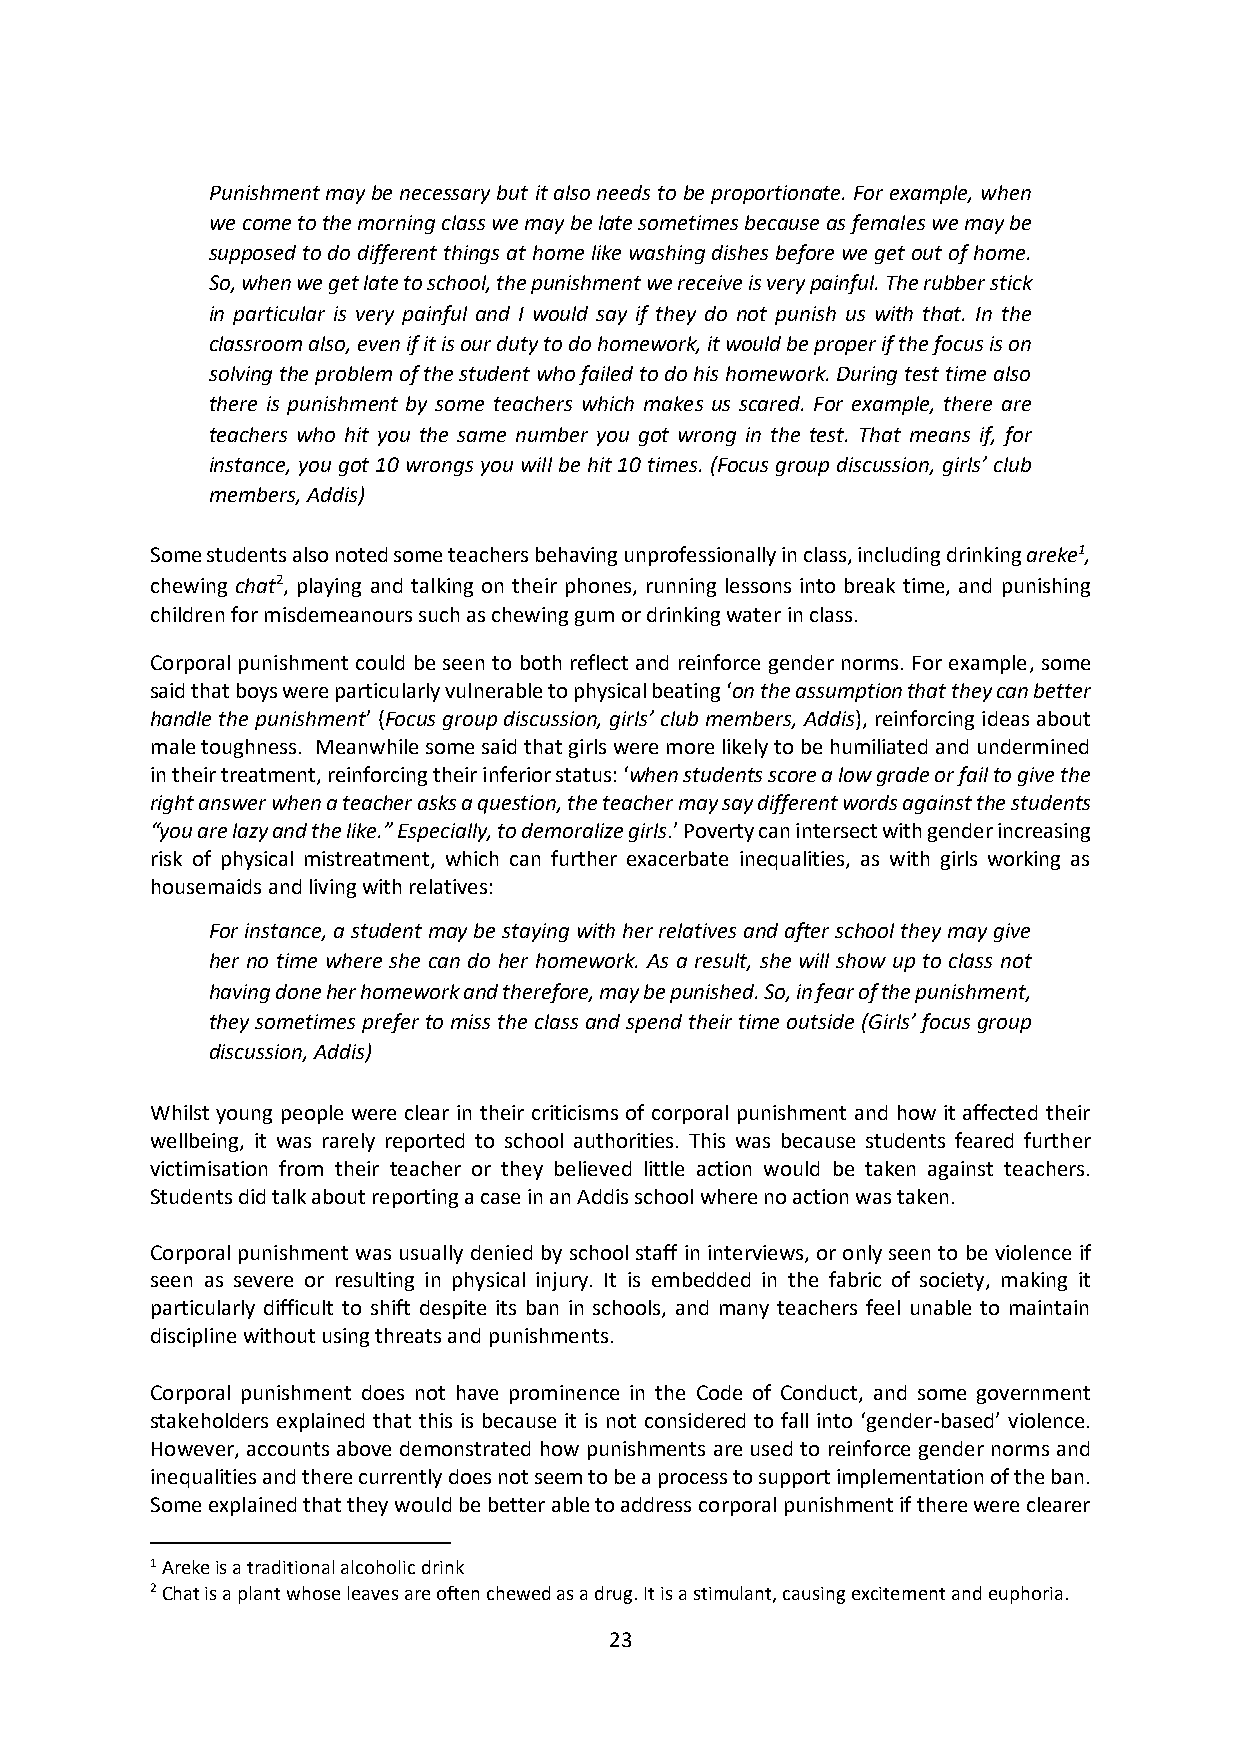
Punishment may be necessary but it also needs to be proportionate. For example, when
 we come to the morning class we may be late sometimes because as females we may be
 supposed to do different things at home like washing dishes before we get out of home.
 So, when we get late to school, the punishment we receive is very painful. The rubber stick
 in particular is very painful and I would say if they do not punish us with that. In the
 classroom also, even if it is our duty to do homework, it would be proper if the focus is on
 solving the problem of the student who failed to do his homework. During test time also
 there is punishment by some teachers which makes us scared. For example, there are
 teachers who hit you the same number you got wrong in the test. That means if, for
 instance, you got 10 wrongs you will be hit 10 times. (Focus group discussion, girls’ club
 members, Addis)
 Some students also noted some teachers behaving unprofessionally in class, including drinking areke1,
 chewing chat2, playing and talking on their phones, running lessons into break time, and punishing
 children for misdemeanours such as chewing gum or drinking water in class.
 Corporal punishment could be seen to both reflect and reinforce gender norms. For example, some
 said that boys were particularly vulnerable to physical beating ‘on the assumption that they can better
 handle the punishment’ (Focus group discussion, girls’ club members, Addis), reinforcing ideas about
 male toughness. Meanwhile some said that girls were more likely to be humiliated and undermined
 in their treatment, reinforcing their inferior status: ‘when students score a low grade or fail to give the
 right answer when a teacher asks a question, the teacher may say different words against the students
 “you are lazy and the like.” Especially, to demoralize girls.’ Poverty can intersect with gender increasing
 risk of physical mistreatment, which can further exacerbate inequalities, as with girls working as
 housemaids and living with relatives:
 For instance, a student may be staying with her relatives and after school they may give
 her no time where she can do her homework. As a result, she will show up to class not
 having done her homework and therefore, may be punished. So, in fear of the punishment,
 they sometimes prefer to miss the class and spend their time outside (Girls’ focus group
 discussion, Addis)
 Whilst young people were clear in their criticisms of corporal punishment and how it affected their
 wellbeing, it was rarely reported to school authorities. This was because students feared further
 victimisation from their teacher or they believed little action would be taken against teachers.
 Students did talk about reporting a case in an Addis school where no action was taken.
 Corporal punishment was usually denied by school staff in interviews, or only seen to be violence if
 seen as severe or resulting in physical injury. It is embedded in the fabric of society, making it
 particularly difficult to shift despite its ban in schools, and many teachers feel unable to maintain
 discipline without using threats and punishments.
 Corporal punishment does not have prominence in the Code of Conduct, and some government
 stakeholders explained that this is because it is not considered to fall into ‘gender-based’ violence.
 However, accounts above demonstrated how punishments are used to reinforce gender norms and
 inequalities and there currently does not seem to be a process to support implementation of the ban.
 Some explained that they would be better able to address corporal punishment if there were clearer
 1 Areke is a traditional alcoholic drink
 2 Chat is a plant whose leaves are often chewed as a drug. It is a stimulant, causing excitement and euphoria.
 23